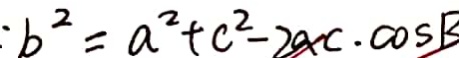
\cdot b ^ { 2 } = a ^ { 2 } + c ^ { 2 } - 2 a c \cdot \cos B